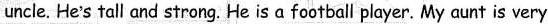
uncle. He's tall and strong. He is a football player. My aunt is very